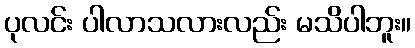
ပုလင်း ပါလာသလားလည်း မသိပါဘူး။